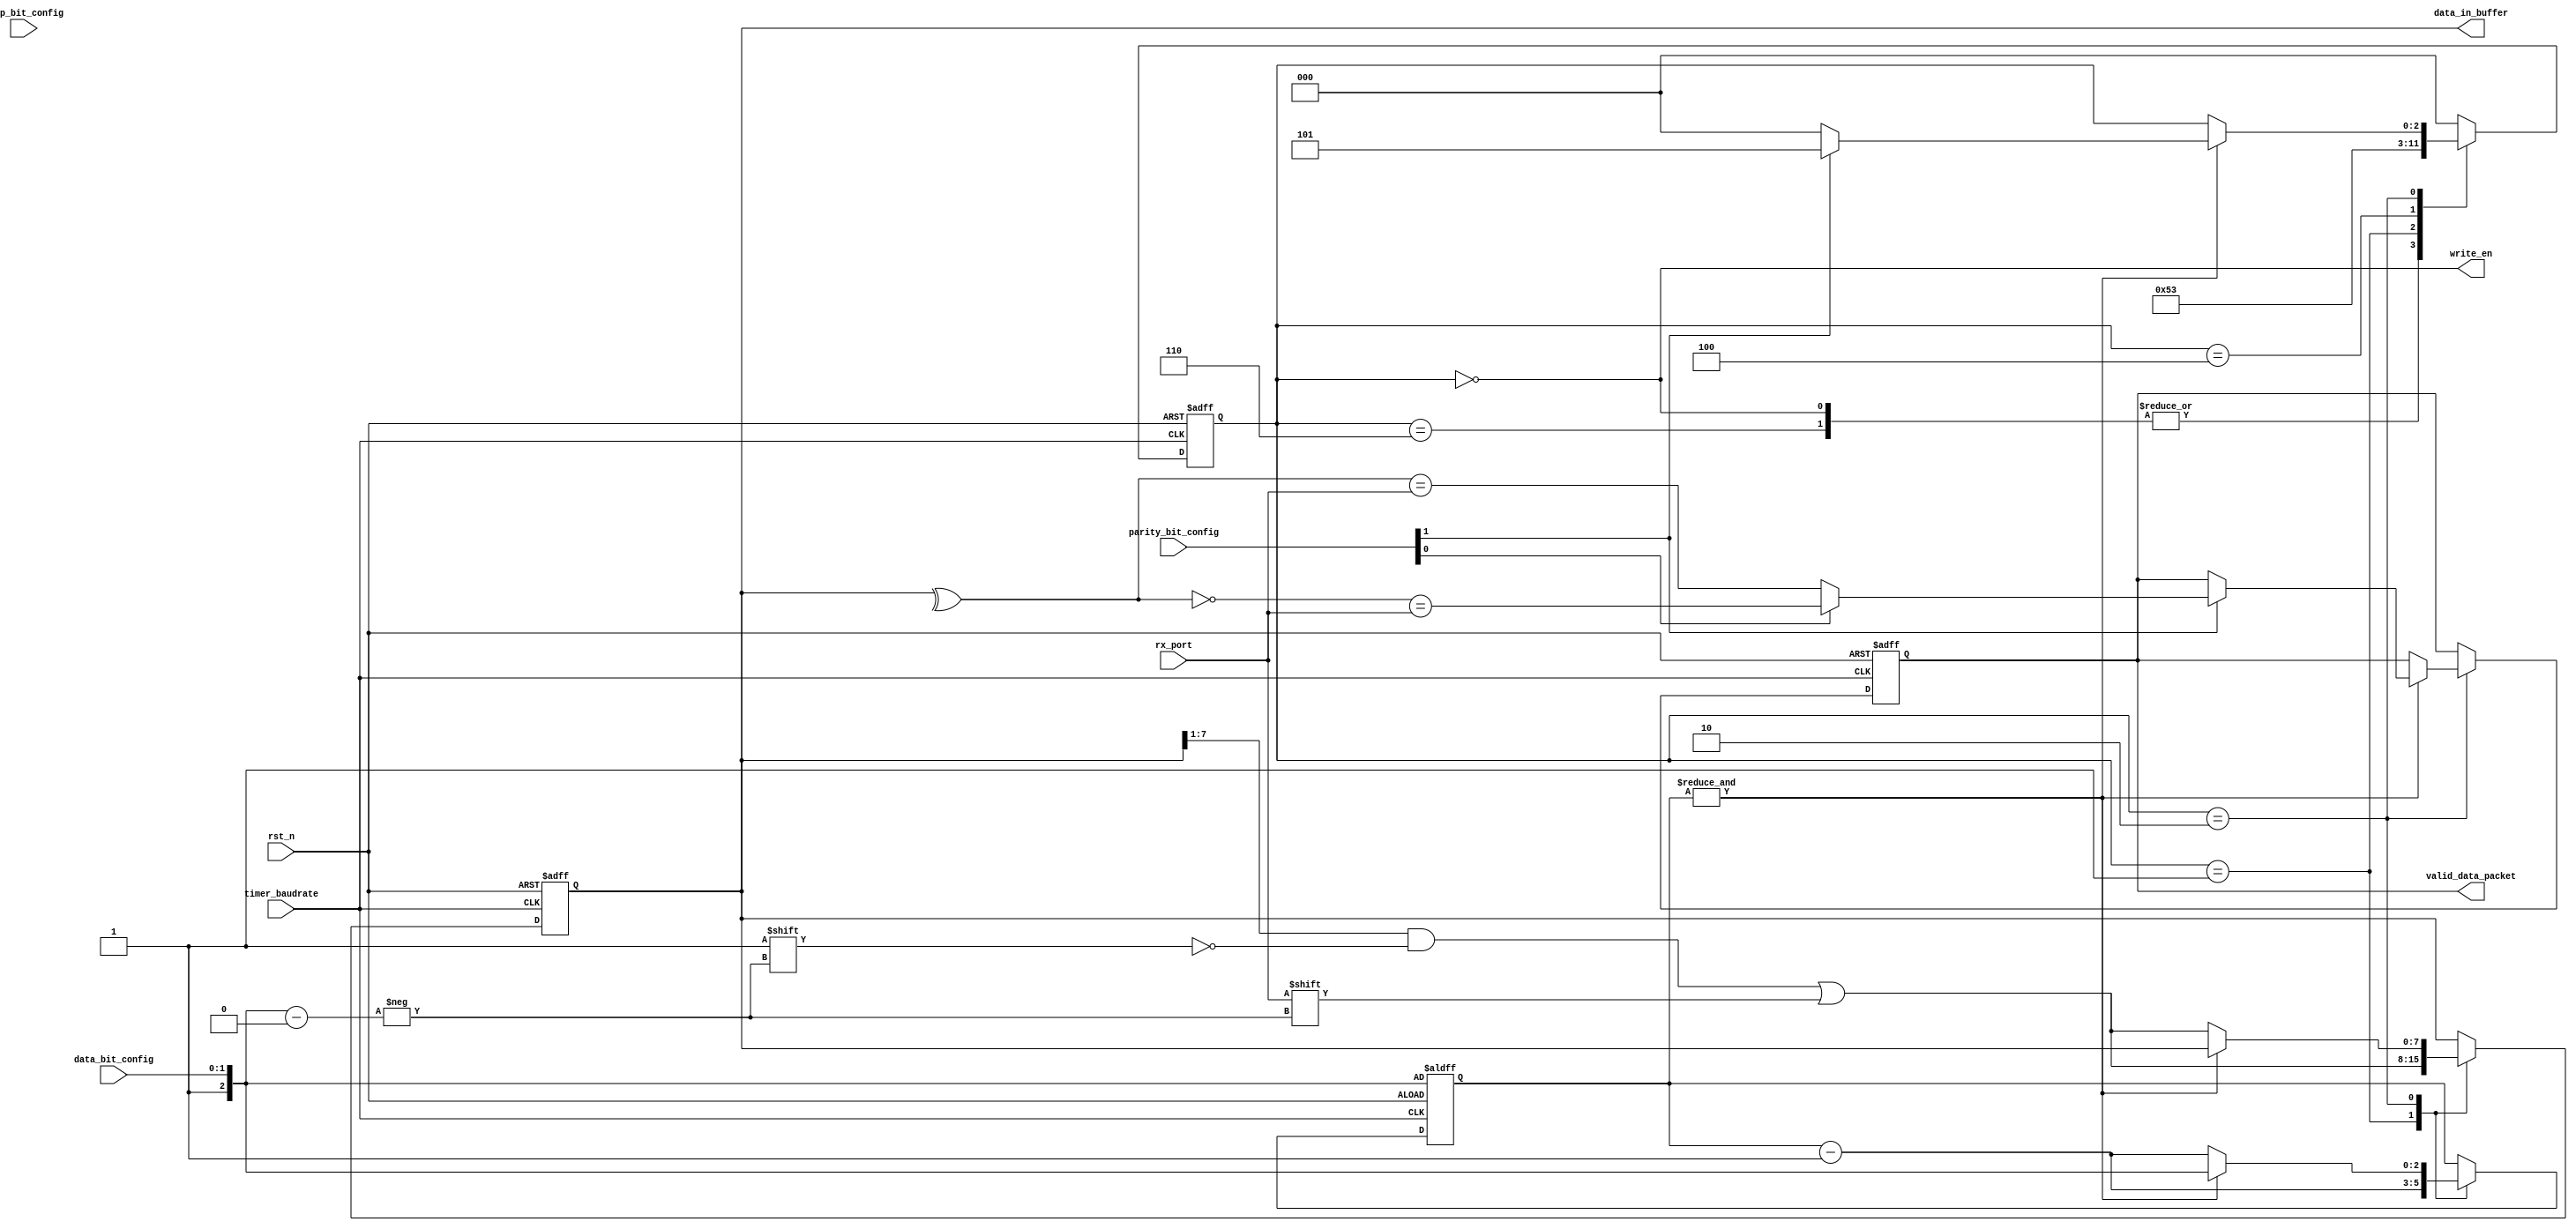
module com_uart_receiver(
    input timer_baudrate, // take from timer
    input rx_port,
    input rst_n,
    output [7:0] data_in_buffer,   // buffer reg of UART module 
    output write_en,
    
    output reg valid_data_packet,
    // Configuration
    input stop_bit_config,              // 1 - 2 (0/1) stop bit
    input [1:0] parity_bit_config,            // Odd / Even parity bit 
    input [1:0] data_bit_config         // 5 -> 8 data bit
    
    // Debug 
//    ,output [2:0] state_debug
    );
    // Packet: start_bit(0) - data_bit(1:8) - stop_bit(9)
    // State encoder
    localparam INIT_STATE = 6;
    localparam IDLE_STATE = 0; // 1st state
    localparam START_STATE = 1; // 1st state
    localparam DATA_STATE = 2;
    localparam STOP_STATE = 3;  // 10th state
    localparam PREV_STOP_STATE = 4;  // 10th state
    localparam PARITY_STATE = 5;  // 10th state
    // Data 
    localparam default_index = 0;
    localparam default_data = 8'b00000000;
    // Parity 
    localparam default_valid_packet = 1'b1;
    
    reg [2:0] counter;
    reg [7:0] data_in_shifting;
    reg [2:0] state_counter;
    wire [2:0] data_packet_bit;
    
    assign data_packet_bit = {1'b1, data_bit_config[1], data_bit_config[0]};
    assign write_en = (state_counter == IDLE_STATE); // counter == 4'b1001;
    assign data_in_buffer = data_in_shifting;
    always @(posedge timer_baudrate, negedge rst_n) begin
        if(!rst_n) begin
            counter <= data_packet_bit;
            state_counter <= IDLE_STATE;
            data_in_shifting <= default_data;
            valid_data_packet <= default_valid_packet;
        end
        else begin
            case (state_counter) 
                INIT_STATE: state_counter <= START_STATE;
                IDLE_STATE: state_counter <= START_STATE;
                START_STATE: begin
                    // State contrller
                    state_counter <= DATA_STATE;
                    // Data controller
                    data_in_shifting <= data_in_shifting >> 1;
                    counter <= counter - 1;
                    data_in_shifting[data_packet_bit] <= rx_port;
                end
                PREV_STOP_STATE: begin
                    state_counter <= STOP_STATE;
                end
                STOP_STATE: begin
                    state_counter <= IDLE_STATE;
                end
                PARITY_STATE: begin
                    // State controller
//                    state_counter <= (stop_bit_config) ? PREV_STOP_STATE : stop_state;
                    state_counter <= IDLE_STATE;
                end
                DATA_STATE: begin
                    if(&counter) begin
                        // State controller 
                        if(parity_bit_config[1]) begin
                            state_counter <= PARITY_STATE;
                            // Parity checker
                            valid_data_packet <= (parity_bit_config[0]) ? 
                                                 (!(^data_in_shifting) == rx_port) :
                                                 ((^data_in_shifting) == rx_port);
                        end
                        else begin
                            state_counter <= IDLE_STATE;
                        end
                        // Counter controller
                        counter <= data_packet_bit;
                    end
                    else begin
                        data_in_shifting <= data_in_shifting >> 1;
                        counter <= counter - 1;
                        data_in_shifting[data_packet_bit] <= rx_port;
                    end
                end
                default: state_counter <= IDLE_STATE;
            endcase
        end
    end
    // Debug area
//    assign state_debug = state_counter;
endmodule